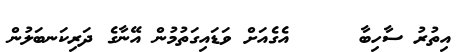
އިތުރު ސާހިބާ     އެގެއަށް ވަޑައިގަތުމުން އޭނާގެ ދަރިކަނބަލުން